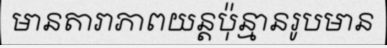
មានតារាភាពយន្តប៉ុន្មានរូបមាន